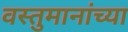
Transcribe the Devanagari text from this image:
वस्तुमानांच्या